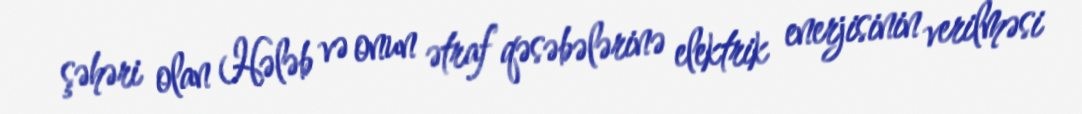
şəhəri olan Hələb və onun ətraf qəsəbələrinə elektrik enerjisinin verilməsi